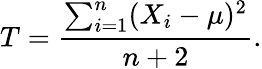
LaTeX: T={\frac{\sum_{i=1}^{n}(X_{i}-\mu)^{2}}{n+2}}.